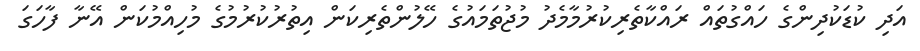
އަދި ކުޑަކުދިންގެ ހައްގުތައް ރައްކާތެރިކުރުމާމެދު މުޖުތަމައުގެ ހޭލުންތެރިކަން އިތުރުކުރުމުގެ މުހިއްމުކަން އޭނާ ފާހަގަ